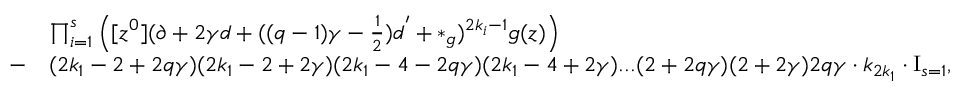
\begin{array} { r l } & { \prod _ { i = 1 } ^ { s } \left( [ z ^ { 0 } ] ( \partial + 2 \gamma d + ( ( q - 1 ) \gamma - \frac { 1 } { 2 } ) d ^ { ' } + * _ { g } ) ^ { 2 k _ { i } - 1 } g ( z ) \right) } \\ { - } & { ( 2 k _ { 1 } - 2 + 2 q \gamma ) ( 2 k _ { 1 } - 2 + 2 \gamma ) ( 2 k _ { 1 } - 4 - 2 q \gamma ) ( 2 k _ { 1 } - 4 + 2 \gamma ) . . . ( 2 + 2 q \gamma ) ( 2 + 2 \gamma ) 2 q \gamma \cdot k _ { 2 k _ { 1 } } \cdot \mathrm { I } _ { s = 1 } , } \end{array}